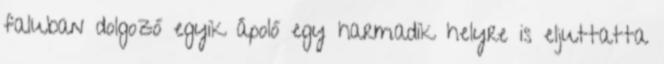
faluban dolgozó egyik ápoló egy harmadik helyre is eljuttatta